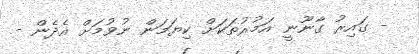
- ގައިރު ގާނޫނީ އަމުރުތަކަށް ކިޔަމަން ނުވުމަށް އެދެން -